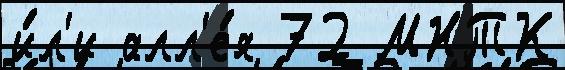
и́л'и алл'е́я 72 МНТК